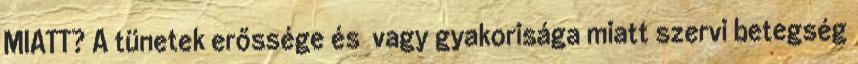
MIATT? A tünetek erőssége és vagy gyakorisága miatt szervi betegség